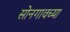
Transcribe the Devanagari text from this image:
सोनगावच्या